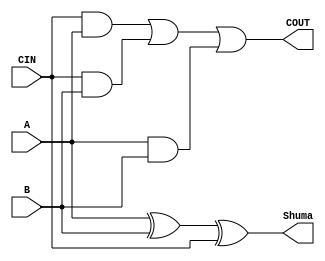
`timescale 1ns / 1ps
//////////////////////////////////////////////////////////////////////////////////
// Company: 
// Engineer: 
// 
// Design Name: 
// Module Name: Mbledhesi
// Project Name: 
// Target Devices: 
// Tool Versions: 
// Description: 
// 
// Dependencies: 
// 
// Revision:
// Revision 0.01 - File Created
// Additional Comments:
// 
//////////////////////////////////////////////////////////////////////////////////


module Mbledhesi(
    input A,
    input B,
    input CIN,
    output Shuma,
    output COUT
    );
    
    assign Shuma = A ^ B ^ CIN;
    assign COUT = CIN & A | CIN & B | A & B;
endmodule